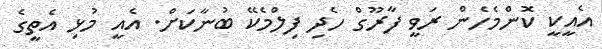
އެއީކީ ކޮންމެހެން ރަވީ ފާރޫގް ހެދި ފިލްމެކޭ ބުނާކަށް. އެއީ މުޅި އެތީގެ